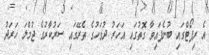
އެ ރިޕޯޓްގައި ބުނެފައިވާ ގޮތުގައި އަހަރު ދުވަހުގެ ތެރޭގައި ސަރުކާރުގެ ޖުމްލަ ހަރަދު